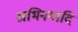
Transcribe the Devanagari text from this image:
अभिनयादि